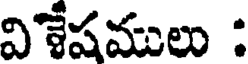
విశేషములు :